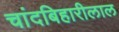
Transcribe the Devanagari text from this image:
चांदबिहारीलाल